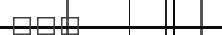
١٥١